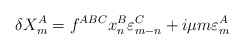
\begin{align*}\delta X^A_m = f^{ABC} x^B_n \varepsilon^C_{m-n} + i \mu m\varepsilon^A_m\end{align*}